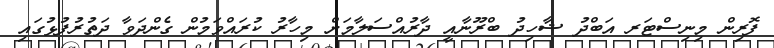
ފޮރިން މިނިސްޓަރ އަބްދު ޝާހިދު ބްރޫނާއީ ދާރުއްސަލާމަށް މިހާރު ކުރައްވަމުން ގެންދަވާ ދަތުރުފުޅުގައި